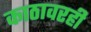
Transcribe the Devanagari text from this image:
काठावरही